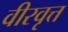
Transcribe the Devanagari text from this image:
वीरवृत्त